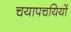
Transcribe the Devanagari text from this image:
चयापचयियों